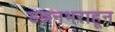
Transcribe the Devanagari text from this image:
डझनभराहून